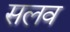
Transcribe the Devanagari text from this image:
सलव